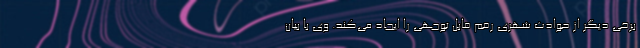
برخی دیگر از حوادث شهری رقم قابل توجهی را ایجاد می‌­کند. وی با بیان